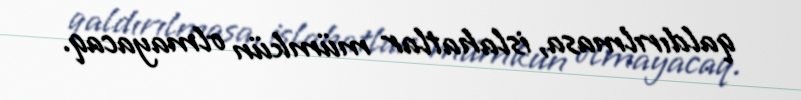
qaldırılmasa, islahatlar mümkün olmayacaq.